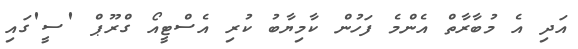
އަދި އެ މުބާރާތް އެންމެ ފަހުން ކާމިޔާބު ކުރި އެސްޓީއޯ ގްރޫޕް 'ސީ'ގައި